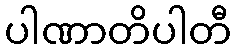
ပါဏာတိပါတီ